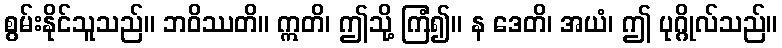
စွမ်းနိုင်သူသည်။ ဘဝိဿတိ။ ဣတိ၊ ဤသို့ ကြံ၍။ န ဒေတိ၊ အယံ၊ ဤ ပုဂ္ဂိုလ်သည်။